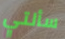
سألتي